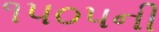
૧૫૦૫ની